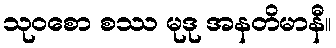
သုဝစော စဿ မုဒု အနတိမာနီ။